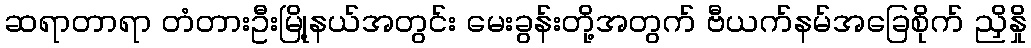
ဆရာတာရာ တံတားဦးမြို့နယ်အတွင်း မေးခွန်းတို့အတွက် ဗီယက်နမ်အခြေစိုက် ညှိနှို